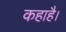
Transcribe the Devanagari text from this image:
कहाहै।